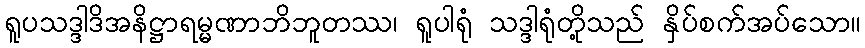
ရူပသဒ္ဒါဒိအနိဋ္ဌာရမ္မဏာဘိဘူတဿ၊ ရူပါရုံ သဒ္ဒါရုံတို့သည် နှိပ်စက်အပ်သော။